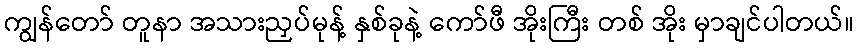
ကျွန်တော် တူနာ အသားညှပ်မုန့် နှစ်ခုနဲ့ ကော်ဖီ အိုးကြီး တစ် အိုး မှာချင်ပါတယ်။